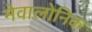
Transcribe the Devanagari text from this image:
मेवालोनिक